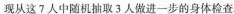
现从这7人中随机播取3人做进一步的身体检查